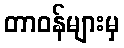
တာဝန်များမှ